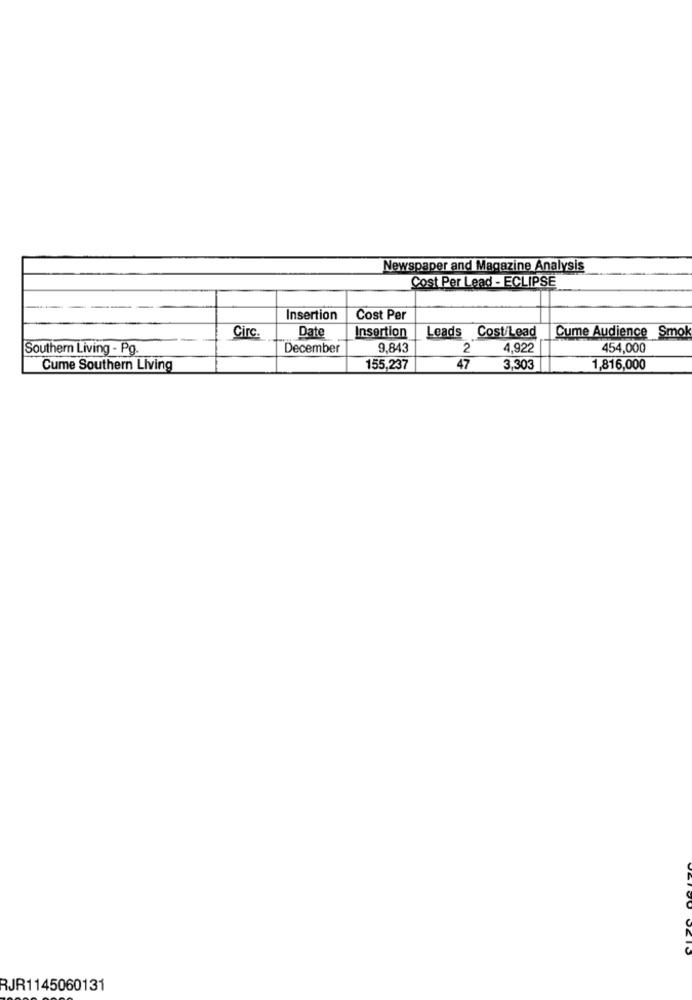
Newspaper and Magazine Analysis
Cost Per Lead - ECLIPSE
Insertion
Cost Per
Circ.
Insertion
Leads Cost/Lead
Cume Audience Smok
Date
Southern Living - Pg.
December
9.843
2
4,922
454,000
Cume Southern Living
155,237
47
3.303
1,816,000
RJR1145060131